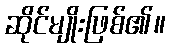
ဆိုင်မျိုးဖြစ်၏။